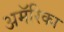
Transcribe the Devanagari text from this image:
अमॅरिका